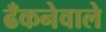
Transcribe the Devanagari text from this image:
ढँकनेवाले